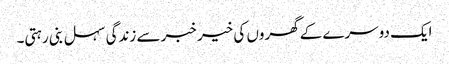
ایک دوسرے کے گھروں کی خیر خبر سے زندگی سہل بنی رہتی۔